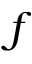
f